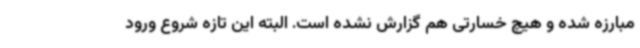
مبارزه شده و هیچ خسارتی هم گزارش نشده است. البته این تازه شروع ورود